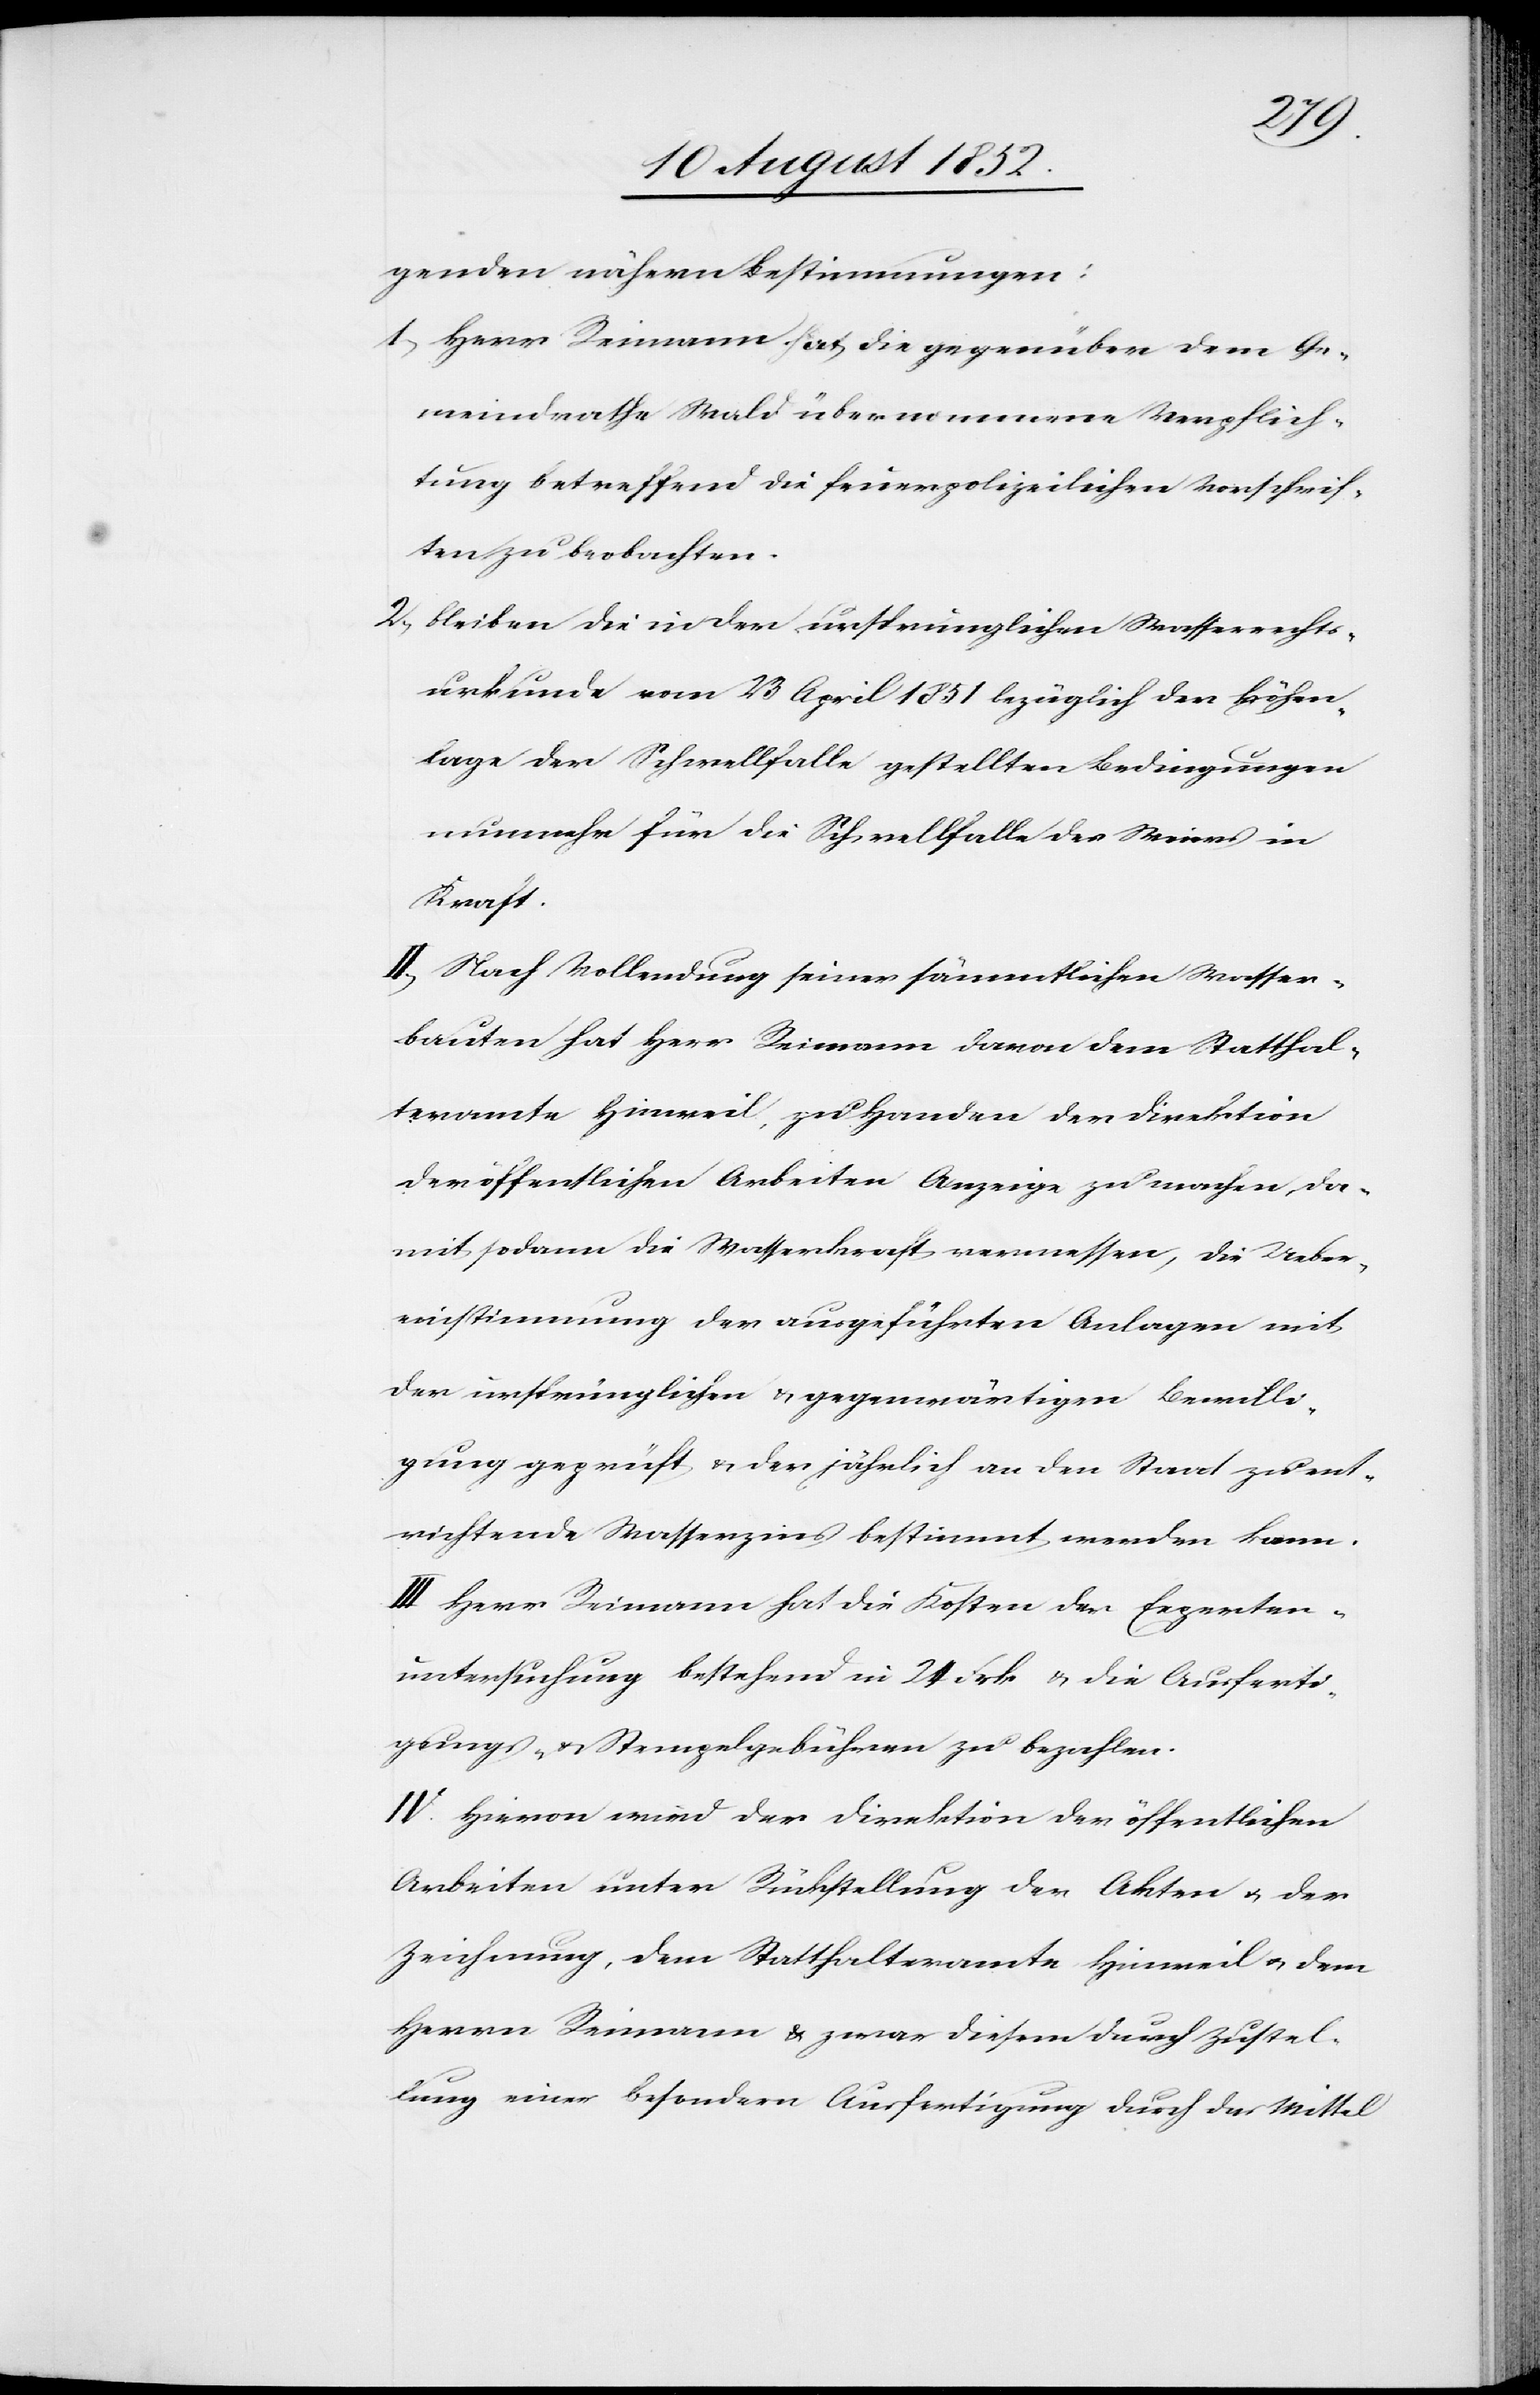
genden nähern Bestimmungen:
Herr Reimann hat die gegnüber dem Ge¬
meindrathe Wald übernommene Verpflich¬
tung betreffend die feuerpolizeilichen Vorschrif¬
ten zu beobachten.
bleiben die in der ursprünglichen Wasserrechts¬
urkunde vom 23 April 1851 bezüglich der Höhen¬
lage der Schwellfalle gestellten Bedingungen
nunmehr für die Schwellfalle des Weiers in
Kraft.
II, Nach Vollendung seiner sämmtlichen Wasser¬
bauten hat Herr Reimann davon dem Statthal¬
teramte Hinweil, zu Handen der Direktion
der öffentlichen Arbeiten Anzeige zu machen, da¬
mit sodann die Wasserkraft vermessen, die Ueber¬
einstimmung der ausgeführten Anlagen mit
der ursprünglichen & gegenwärtigen Bewilli¬
gung geprüft & der jährlich an den Staat zu ent¬
richtende Wasserzins bestimmt werden kann.
III Herr Reimann hat die Kosten der Experten¬
untersuchung bestehend in 24 Frk & die Ausferti¬
gungs- & Stempelgebühren zu bezahlen.
IV. Hievon wird der Direktion der öffentlichen
Arbeiten unter Rückstellung der Akten & der
Zeichnung, dem Statthalteramte Hinweil & dem
Herrn Reimann & zwar diesem durch Zustel¬
lung einer besondern Ausfertigung durch das Mittel